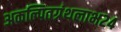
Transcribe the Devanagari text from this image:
अकल्पितग्रंथलाभ२४